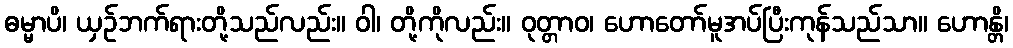
ဓမ္မာပိ၊ ယှဉ်ဘက်ရားတို့သည်လည်း။ ဝါ၊ တို့ကိုလည်း။ ဝုတ္တာဝ၊ ဟောတော်မူအပ်ပြီးကုန်သည်သာ။ ဟောန္တိ၊